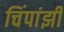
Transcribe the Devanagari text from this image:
चिंपांझी